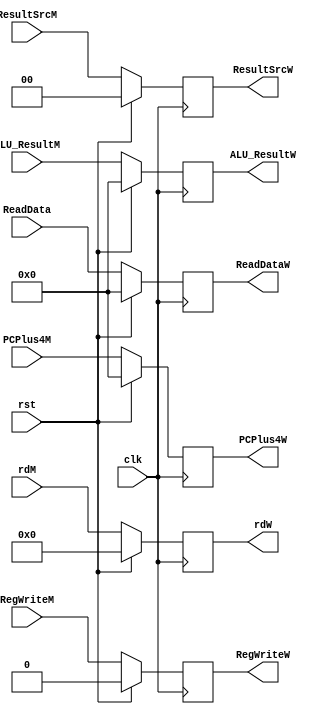
`timescale 1ns / 1ps
//////////////////////////////////////////////////////////////////////////////////
// Company: 
// Engineer: 
// 
// Design Name: 
// Module Name: DM_WB
// Project Name: 
// Target Devices: 
// Tool Versions: 
// Description: 
// 
// Dependencies: 
// 
// Revision:
// Revision 0.01 - File Created
// Additional Comments:
// 
//////////////////////////////////////////////////////////////////////////////////


module DM_WB(input [31:0]ALU_ResultM,ReadData,PCPlus4M,input [4:0]rdM,input clk,input rst,input [1:0]ResultSrcM,input RegWriteM, output reg [31:0] ALU_ResultW,ReadDataW,PCPlus4W,output reg [4:0]rdW,output reg[1:0]ResultSrcW,output reg RegWriteW);
 always @(posedge clk)
 if (rst)
 begin
 ALU_ResultW<=32'b00;
 ReadDataW<=32'b00;
 PCPlus4W<=32'b00;
 rdW<=0; 
 RegWriteW<=0;
 ResultSrcW<=0;
 end 
 else 
 begin
  ALU_ResultW<=ALU_ResultM;
  ReadDataW<=ReadData;
  PCPlus4W<=PCPlus4M;
  rdW<=rdM;
  ResultSrcW<=ResultSrcM;
  RegWriteW<=RegWriteM; 
end
 endmodule